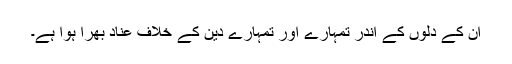
ان کے دلوں کے اندر تمہارے اور تمہارے دین کے خلاف عناد بھرا ہوا ہے۔